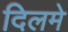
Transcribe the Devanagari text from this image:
दिलमे